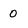
Character: O